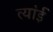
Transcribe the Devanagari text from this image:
त्यांई